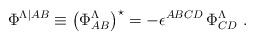
\begin{align*}\Phi^{\Lambda\vert{AB}} \equiv \left( \Phi^\Lambda_{AB}\right) ^\star = - \epsilon^{ABCD} \, \Phi^\Lambda_{CD}~.\end{align*}